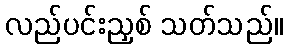
လည်ပင်းညှစ် သတ်သည်။